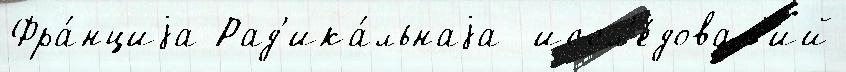
Фра́нциjа Рад'ика́льнаjа  иссл'е́дован'ий